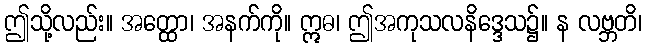
ဤသို့လည်း။ အတ္ထော၊ အနက်ကို။ ဣဓ၊ ဤအကုသလနိဒ္ဒေသ၌။ န လဗ္ဘတိ၊